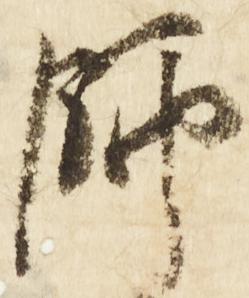
師